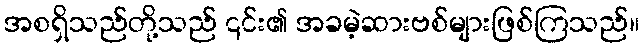
အစရှိသည်တို့သည် ၎င်း၏ အခမဲ့ဆားဗစ်များဖြစ်ကြသည်။